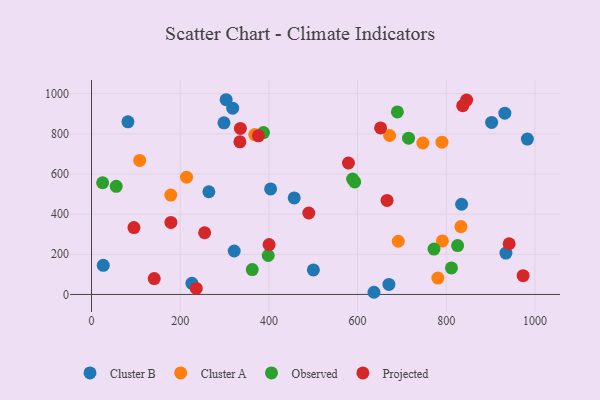
{"axis": {"x": "Ad Spend", "y": "Exam Score"}, "legend": ["Cluster A", "Cluster B", "Observed", "Projected"], "data": [{"x": "500.3", "y": 121.9, "type": "Cluster B"}, {"x": "321.8", "y": 216.3, "type": "Cluster B"}, {"x": "303.6", "y": 970.0, "type": "Cluster B"}, {"x": "26.4", "y": 145.3, "type": "Cluster B"}, {"x": "983.0", "y": 773.9, "type": "Cluster B"}, {"x": "934.6", "y": 206.2, "type": "Cluster B"}, {"x": "403.9", "y": 525.5, "type": "Cluster B"}, {"x": "670.7", "y": 49.8, "type": "Cluster B"}, {"x": "226.4", "y": 55.6, "type": "Cluster B"}, {"x": "318.4", "y": 928.0, "type": "Cluster B"}, {"x": "298.7", "y": 854.9, "type": "Cluster B"}, {"x": "82.1", "y": 859.9, "type": "Cluster B"}, {"x": "264.6", "y": 511.6, "type": "Cluster B"}, {"x": "834.7", "y": 449.3, "type": "Cluster B"}, {"x": "637.0", "y": 10.8, "type": "Cluster B"}, {"x": "932.2", "y": 902.9, "type": "Cluster B"}, {"x": "457.1", "y": 481.0, "type": "Cluster B"}, {"x": "902.4", "y": 856.8, "type": "Cluster B"}, {"x": "368.2", "y": 796.4, "type": "Cluster A"}, {"x": "691.8", "y": 264.9, "type": "Cluster A"}, {"x": "178.8", "y": 495.1, "type": "Cluster A"}, {"x": "214.3", "y": 584.4, "type": "Cluster A"}, {"x": "790.3", "y": 758.6, "type": "Cluster A"}, {"x": "108.5", "y": 667.8, "type": "Cluster A"}, {"x": "781.1", "y": 81.3, "type": "Cluster A"}, {"x": "747.3", "y": 754.3, "type": "Cluster A"}, {"x": "833.1", "y": 338.3, "type": "Cluster A"}, {"x": "791.3", "y": 266.8, "type": "Cluster A"}, {"x": "672.3", "y": 791.7, "type": "Cluster A"}, {"x": "362.5", "y": 123.9, "type": "Observed"}, {"x": "593.5", "y": 560.6, "type": "Observed"}, {"x": "689.8", "y": 909.0, "type": "Observed"}, {"x": "811.8", "y": 132.2, "type": "Observed"}, {"x": "588.8", "y": 574.5, "type": "Observed"}, {"x": "25.0", "y": 556.3, "type": "Observed"}, {"x": "772.4", "y": 225.9, "type": "Observed"}, {"x": "387.8", "y": 806.2, "type": "Observed"}, {"x": "398.5", "y": 194.0, "type": "Observed"}, {"x": "55.7", "y": 538.8, "type": "Observed"}, {"x": "715.0", "y": 778.5, "type": "Observed"}, {"x": "825.6", "y": 243.3, "type": "Observed"}, {"x": "846.0", "y": 968.2, "type": "Projected"}, {"x": "490.0", "y": 405.6, "type": "Projected"}, {"x": "973.4", "y": 93.6, "type": "Projected"}, {"x": "255.1", "y": 307.3, "type": "Projected"}, {"x": "335.7", "y": 827.2, "type": "Projected"}, {"x": "236.2", "y": 29.9, "type": "Projected"}, {"x": "579.4", "y": 654.8, "type": "Projected"}, {"x": "400.5", "y": 248.6, "type": "Projected"}, {"x": "651.9", "y": 829.4, "type": "Projected"}, {"x": "941.9", "y": 252.5, "type": "Projected"}, {"x": "837.2", "y": 940.3, "type": "Projected"}, {"x": "666.5", "y": 468.4, "type": "Projected"}, {"x": "376.3", "y": 790.1, "type": "Projected"}, {"x": "141.4", "y": 79.0, "type": "Projected"}, {"x": "334.6", "y": 760.1, "type": "Projected"}, {"x": "179.0", "y": 358.7, "type": "Projected"}, {"x": "95.6", "y": 333.2, "type": "Projected"}]}